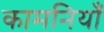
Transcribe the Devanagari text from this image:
कामनियाँ